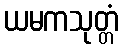
ယမကသုတ္တံ